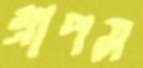
গ্রাপস